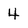
Character: 4